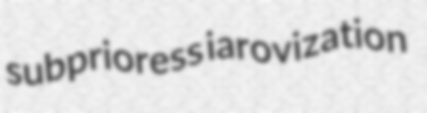
subprioress iarovization